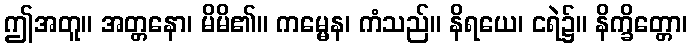
ဤအတူ။ အတ္တနော၊ မိမိ၏။ ကမ္မေန၊ ကံသည်။ နိရယေ၊ ငရဲ၌။ နိက္ခိတ္တော၊